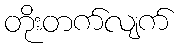
တိုးတက်လျက်